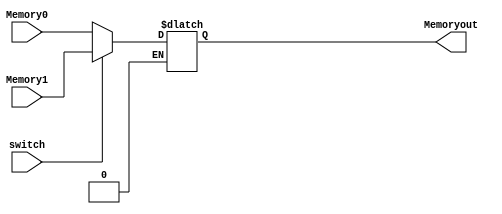
`timescale 1ns / 1ps
//////////////////////////////////////////////////////////////////////////////////
// Company: 
// Engineer: 
// 
// Design Name: 
// Module Name: DMux8bit
// Project Name: 
// Target Devices: 
// Tool Versions: 
// Description: 
// 
// Dependencies: 
// 
// Revision:
// Revision 0.01 - File Created
// Additional Comments:
// 
//////////////////////////////////////////////////////////////////////////////////


module DMux8bit(
    input [7:0]Memory0,Memory1,
    input switch,
    output reg [7:0]Memoryout
    );
    always@(switch,Memory0,Memory1)
    begin
        if( switch==0 ) Memoryout = Memory0;
        if( switch==1 ) Memoryout = Memory1;
    end
endmodule